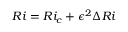
R i = R i _ { c } + \epsilon ^ { 2 } \Delta R i